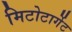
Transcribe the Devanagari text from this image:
मिटोटार्गेट